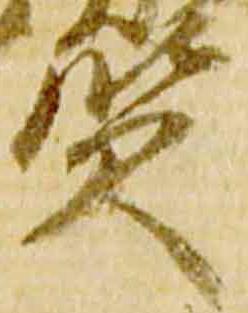
賢